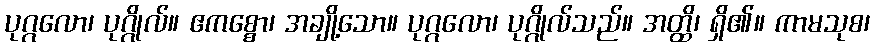
ပုဂ္ဂလော၊ ပုဂ္ဂိုလ်။ ဧကစ္စော၊ အချို့သော။ ပုဂ္ဂလော၊ ပုဂ္ဂိုလ်သည်။ အတ္ထိ၊ ရှိ၏။ ကာမသုစ၊